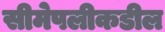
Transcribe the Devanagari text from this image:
सीमेपलीकडील